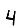
Digit: 4